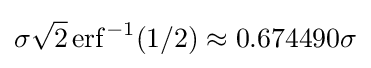
\sigma {\sqrt {2}}\operatorname {erf} ^{-1}(1/2)\approx 0.674490\sigma